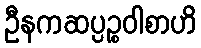
ဦနကဆပ္ပဉ္စဝါစာဟိ